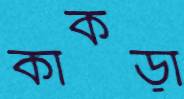
কাকড়া